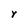
Character: Y